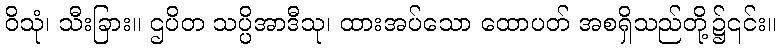
ဝိသုံ၊ သီးခြား။ ဌပိတ သပ္ပိအာဒီသု၊ ထားအပ်သော ထောပတ် အစရှိသည်တို့၌၎င်း။